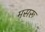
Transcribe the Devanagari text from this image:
मसरू